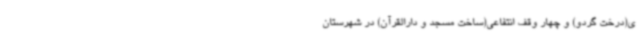
ی(درخت گردو) و چهار وقف انتفاعی(ساخت مسجد و دارالقرآن) در شهرستان